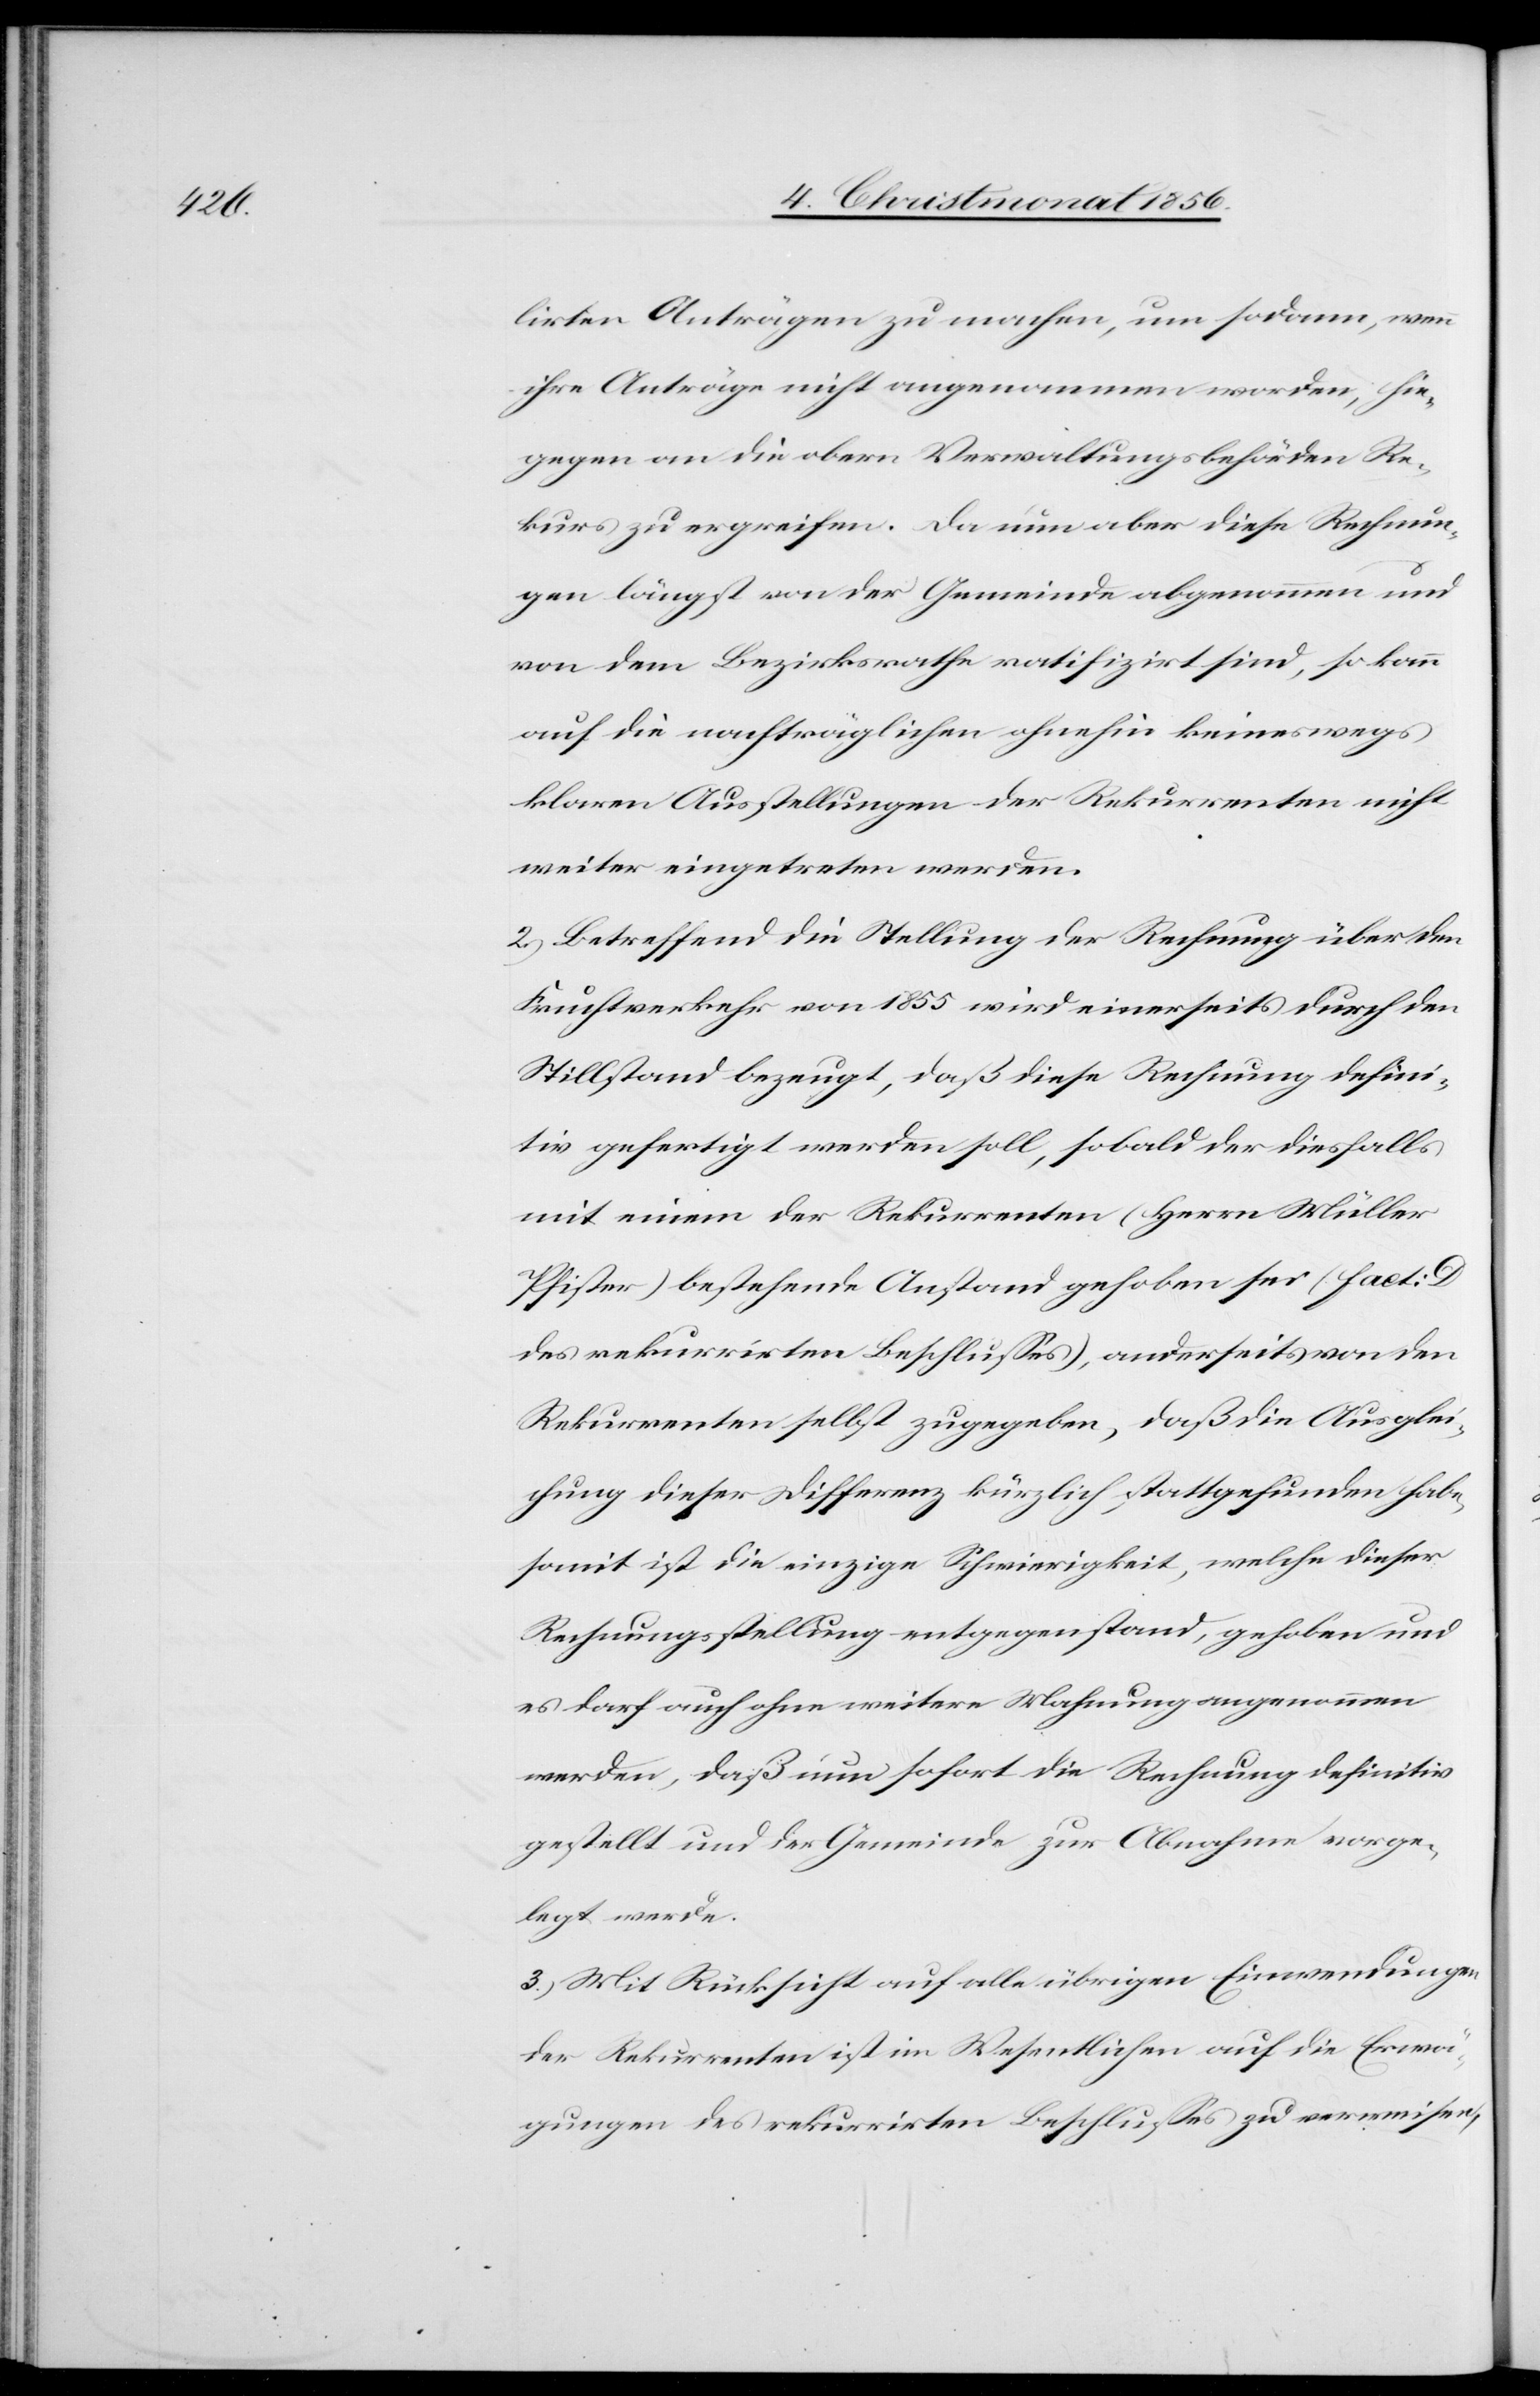
lierten Anträgen zu machen, um sodann, wenn
ihre Anträge nicht angenommen worden, hie¬
gegen an die obern Verwaltungsbehörden Re¬
kurs zu ergreifen. Da nun aber diese Rechnun¬
gen längst von der Gemeinde abgenommen und
von dem Bezirksrathe ratifizirt sind, so kann
auf die nachträglichen ohnehin keineswegs
klaren Ausstellungen der Rekurrenten nicht
weiter eingetreten werden.
2.) Betreffend die Stellung der Rechnung über den
Fruchtverkehr von 1855 wird einerseits durch den
Stillstand bezeugt, daß diese Rechnung defini¬
tiv gefertigt werden soll, sobald der diesfalls
mit einem der Rekurrenten (Herrn Müller
Pfister) bestehende Anstand gehoben sei (fact:
des rekurrirten Beschlusses), anderseits von den
Rekurrenten selbst zugegeben, daß die Ausglei¬
chung dieser Differenz kürzlich stattgefunden habe,
somit ist die einzige Schwierigkeit, welche dieser
Rechnungsstellung entgegenstand, gehoben und
es darf auch ohne weitere Mahnung angenommen
werden, daß nun sofort die Rechnung definitiv
gestellt und der Gemeinde zur Abnahme vorge¬
legt werde.
3.) Mit Rücksicht auf alle übrigen Einwendungen
der Rekurrenten ist im Wesentlichen auf die Erwä¬
gungen des rekurrirten Beschlusses zu verweisen,